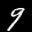
Label: 9